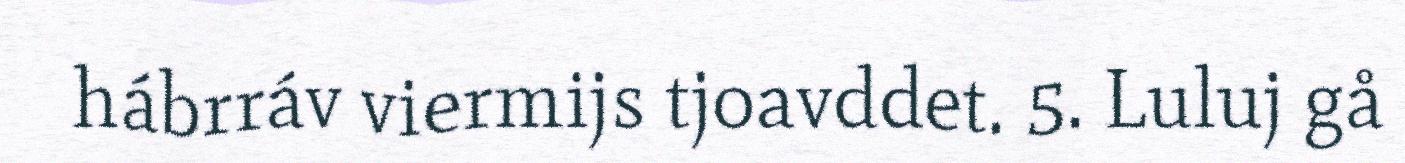
hábrráv viermijs tjoavddet. 5. Luluj gå